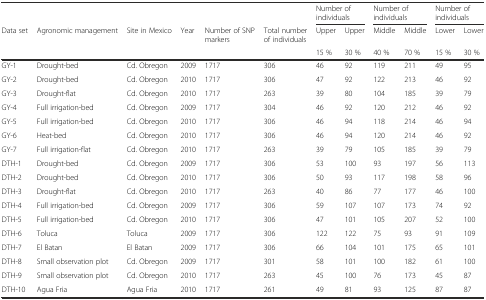
<table><thead><tr><td></td><td></td><td></td><td></td><td></td><td></td><td colspan="2"><b>Number of individuals</b></td><td colspan="2"><b>Number of individuals</b></td><td colspan="2"><b>Number of individuals</b></td></tr><tr><td><b>Data set</b></td><td><b>Agronomic management</b></td><td><b>Site in Mexico</b></td><td><b>Year</b></td><td><b>Number of SNP markers</b></td><td><b>Total number of individuals</b></td><td><b>Upper</b></td><td><b>Upper</b></td><td><b>Middle</b></td><td><b>Middle</b></td><td><b>Lower</b></td><td><b>Lower</b></td></tr><tr><td></td><td></td><td></td><td></td><td></td><td></td><td><b>15 %</b></td><td><b>30 %</b></td><td><b>40 %</b></td><td><b>70 %</b></td><td><b>15 %</b></td><td><b>30 %</b></td></tr></thead><tbody><tr><td>GY-1</td><td>Drought-bed</td><td>Cd. Obregon</td><td>2009</td><td>1717</td><td>306</td><td>46</td><td>92</td><td>119</td><td>211</td><td>49</td><td>95</td></tr><tr><td>GY-2</td><td>Drought-bed</td><td>Cd. Obregon</td><td>2010</td><td>1717</td><td>306</td><td>47</td><td>92</td><td>122</td><td>213</td><td>46</td><td>92</td></tr><tr><td>GY-3</td><td>Drought-flat</td><td>Cd. Obregon</td><td>2010</td><td>1717</td><td>263</td><td>39</td><td>80</td><td>104</td><td>185</td><td>39</td><td>79</td></tr><tr><td>GY-4</td><td>Full irrigation-bed</td><td>Cd. Obregon</td><td>2009</td><td>1717</td><td>304</td><td>46</td><td>92</td><td>120</td><td>212</td><td>46</td><td>92</td></tr><tr><td>GY-5</td><td>Full irrigation-bed</td><td>Cd. Obregon</td><td>2010</td><td>1717</td><td>306</td><td>46</td><td>94</td><td>118</td><td>214</td><td>46</td><td>94</td></tr><tr><td>GY-6</td><td>Heat-bed</td><td>Cd. Obregon</td><td>2010</td><td>1717</td><td>306</td><td>46</td><td>94</td><td>120</td><td>214</td><td>46</td><td>92</td></tr><tr><td>GY-7</td><td>Full irrigation-flat</td><td>Cd. Obregon</td><td>2010</td><td>1717</td><td>263</td><td>39</td><td>79</td><td>105</td><td>185</td><td>39</td><td>79</td></tr><tr><td>DTH-1</td><td>Drought-bed</td><td>Cd. Obregon</td><td>2009</td><td>1717</td><td>306</td><td>53</td><td>100</td><td>93</td><td>197</td><td>56</td><td>113</td></tr><tr><td>DTH-2</td><td>Drought-bed</td><td>Cd. Obregon</td><td>2010</td><td>1717</td><td>306</td><td>50</td><td>93</td><td>117</td><td>198</td><td>58</td><td>96</td></tr><tr><td>DTH-3</td><td>Drought-flat</td><td>Cd. Obregon</td><td>2010</td><td>1717</td><td>263</td><td>40</td><td>86</td><td>77</td><td>177</td><td>46</td><td>100</td></tr><tr><td>DTH-4</td><td>Full irrigation-bed</td><td>Cd. Obregon</td><td>2009</td><td>1717</td><td>306</td><td>59</td><td>107</td><td>107</td><td>173</td><td>74</td><td>92</td></tr><tr><td>DTH-5</td><td>Full irrigation-bed</td><td>Cd. Obregon</td><td>2010</td><td>1717</td><td>306</td><td>47</td><td>101</td><td>105</td><td>207</td><td>52</td><td>100</td></tr><tr><td>DTH-6</td><td>Toluca</td><td>Toluca</td><td>2009</td><td>1717</td><td>306</td><td>122</td><td>122</td><td>75</td><td>93</td><td>91</td><td>109</td></tr><tr><td>DTH-7</td><td>El Batan</td><td>El Batan</td><td>2009</td><td>1717</td><td>306</td><td>66</td><td>104</td><td>101</td><td>175</td><td>65</td><td>101</td></tr><tr><td>DTH-8</td><td>Small observation plot</td><td>Cd. Obregon</td><td>2009</td><td>1717</td><td>301</td><td>58</td><td>101</td><td>100</td><td>182</td><td>61</td><td>100</td></tr><tr><td>DTH-9</td><td>Small observation plot</td><td>Cd. Obregon</td><td>2010</td><td>1717</td><td>263</td><td>45</td><td>100</td><td>76</td><td>173</td><td>45</td><td>87</td></tr><tr><td>DTH-10</td><td>Agua Fria</td><td>Agua Fria</td><td>2010</td><td>1717</td><td>261</td><td>49</td><td>81</td><td>93</td><td>125</td><td>87</td><td>87</td></tr></tbody></table>